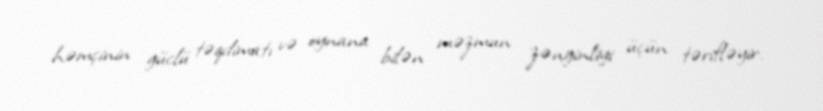
həmçinin güclü təqdimatı və oynana bilən məzmun zənginliyi üçün tərifləyir.